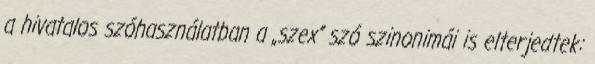
a hivatalos szóhasználatban a „szex” szó szinonimái is elterjedtek: